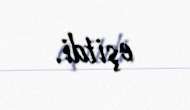
eşitdi.